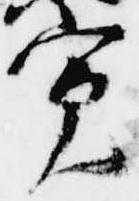
寛